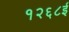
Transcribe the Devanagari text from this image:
१२६८ई